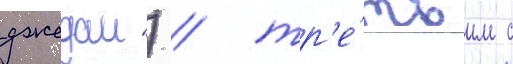
джедаи") / тр'е́тьим с